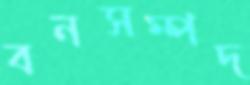
বনসম্পদ